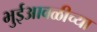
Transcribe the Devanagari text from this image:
भुईआवळीच्या